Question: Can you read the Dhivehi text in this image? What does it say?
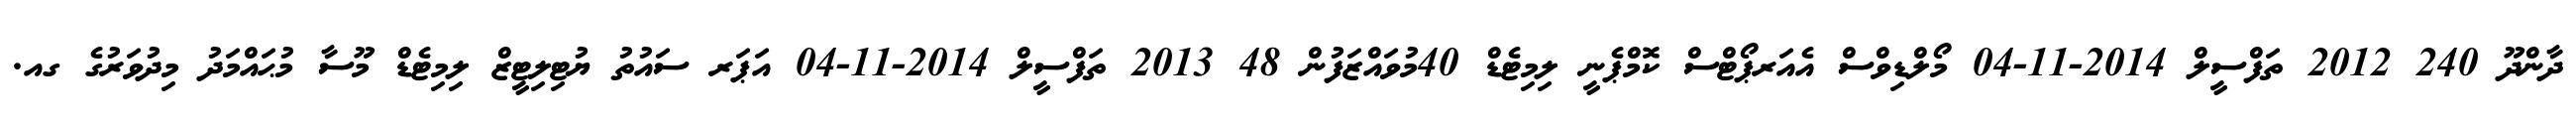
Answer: ދާންދޫ 240 2012 ތަފްސީލް 2014-11-04 މޯލްޑިވްސް އެއަރޕޯޓްސް ކޮމްޕެނީ ލިމިޓެޑް 40މުވައްޒަފުން 48 2013 ތަފްސީލް 2014-11-04 އަޕަރ ސައުތު ޔުޓިލިޓީޒް ލިމިޓެޑް މޫސާ މުޙައްމަދު މިދުވަރުގެ ގއ.